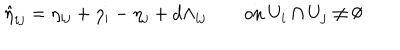
LaTeX: \hat { \eta } _ { i j } = \eta _ { i j } + \eta _ { i } - \eta _ { j } + d \Lambda _ { i j } \qquad \mathrm { o n ~ } U _ { i } \cap { } U _ { j } \neq \emptyset